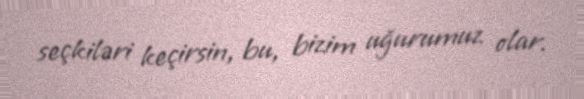
seçkiləri keçirsin, bu, bizim uğurumuz olar.